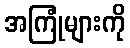
အကြုံများကို